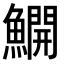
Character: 𫙸